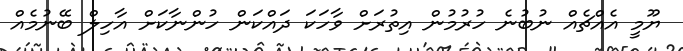
ޔޫމީ އެއްޗެއް ނުބުނެ ހުރުމުން އިތުރަށް ވާހަކަ ދައްކަން ހުންނާކަށް އާހިލް ބޭނުމެއް